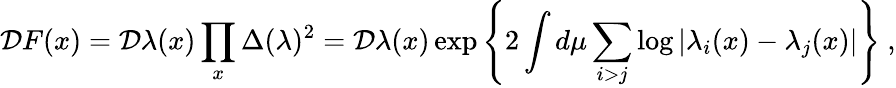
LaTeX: {\cal D}F(x)={\cal D}\lambda(x)\prod_{x}\Delta(\lambda)^{2}={\cal D}\lambda(x)\exp\left\{ 2\int d\mu\sum_{i>j}\log|\lambda_{i}(x)-\lambda_{j}(x)|\right\} ~,